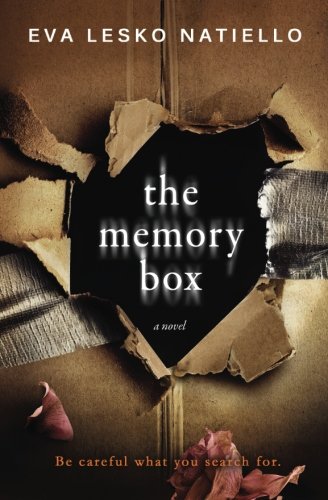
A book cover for The Memory Box; Eva Lesko Natiello; Mystery, Thriller & Suspense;